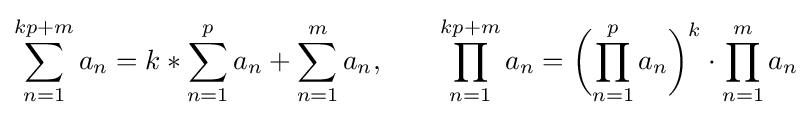
\sum _{n=1}^{kp+m}a_{n}=k*\sum _{n=1}^{p}a_{n}+\sum _{n=1}^{m}a_{n},\qquad \prod _{n=1}^{kp+m}a_{n}={\biggl (}{\prod _{n=1}^{p}a_{n}}{\biggr )}^{k}\cdot \prod _{n=1}^{m}a_{n}